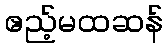
ဧည့်မထဆန်